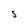
Character: S